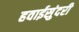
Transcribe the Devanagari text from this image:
हवाईसुंदरी